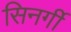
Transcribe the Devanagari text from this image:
सिनर्गी